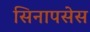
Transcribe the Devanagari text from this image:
सिनापसेस